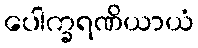
ပေါက္ခရဏိယာယံ